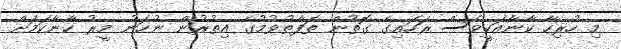
މި ހުރިިހާ ކާނާއަކީވެސް ރަހައިގެ ގޮތުން ތަފާތުވުމުގެ އިތުރުން ނުހަނު މީރު ކާނާކަމަށް